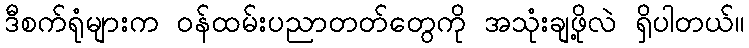
ဒီစက်ရုံများက ဝန်ထမ်းပညာတတ်တွေကို အသုံးချဖို့လဲ ရှိပါတယ်။